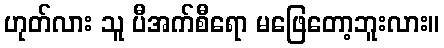
ဟုတ်လား သူ ပီအက်စီရော မဖြေတော့ဘူးလား။